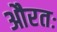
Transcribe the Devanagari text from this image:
औरतः